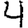
Digit: 4